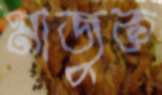
মাজুক